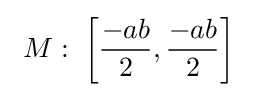
\ M:\;\left[{\frac {-ab}{2}},{\frac {-ab}{2}}\right]\;